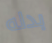
بدله